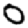
Digit: 0